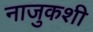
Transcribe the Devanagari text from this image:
नाजुकशी